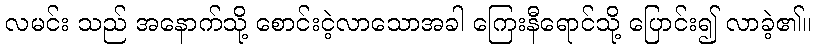
လမင်း သည် အနောက်သို့ စောင်းငဲ့လာသောအခါ ကြေးနီရောင်သို့ ပြောင်း၍ လာခဲ့၏။